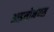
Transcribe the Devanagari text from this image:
आइसोनेक्स